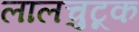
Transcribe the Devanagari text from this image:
लालचुटूक